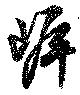
岸